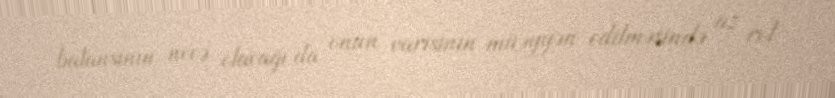
balansının necə olacağı da onun varisinin müəyyən edilməsində az rol